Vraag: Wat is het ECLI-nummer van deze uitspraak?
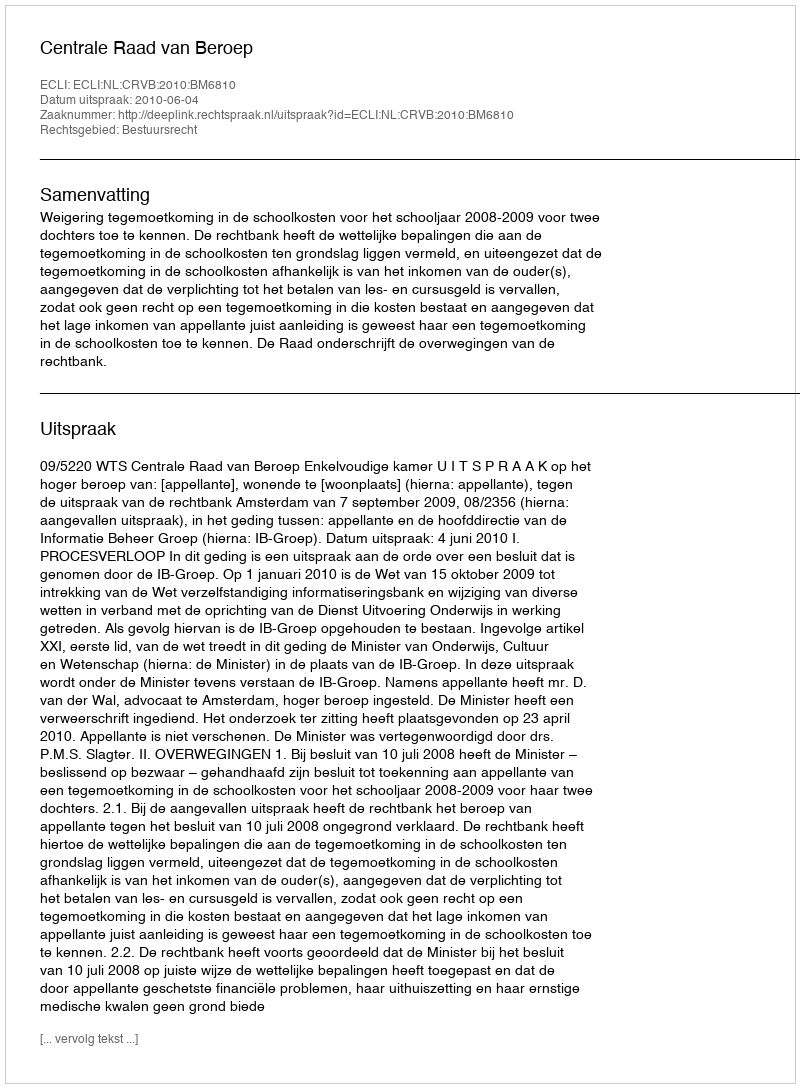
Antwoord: ECLI:NL:CRVB:2010:BM6810